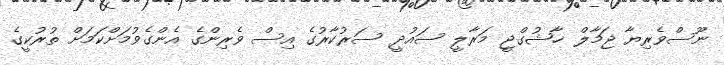
ނޫސްވެރިޔާ ޖަމާލް ޚާޝުގްޖީ މަރާލީ ސައުދީ ސަރުކާރުގެ އިސް ވެރިންގެ އެންގެވުމަށްކަމަށް ތުރުކީގެ